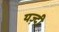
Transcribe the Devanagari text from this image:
यज़्दी